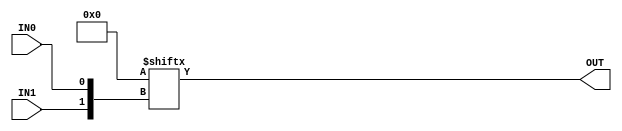
module GP_2LUT(input IN0, IN1, output OUT);
	parameter [3:0] INIT = 0;
	assign OUT = INIT[{IN1, IN0}];
endmodule